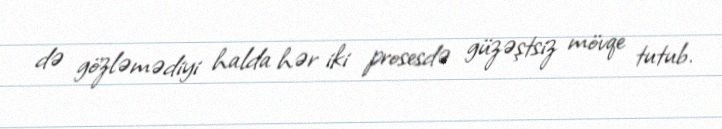
də gözləmədiyi halda hər iki prosesdə güzəştsiz mövqe tutub.